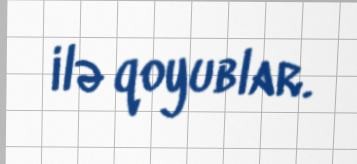
ilə qoyublar.